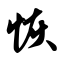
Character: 恢